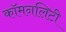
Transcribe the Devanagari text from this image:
कॉमनलिटी